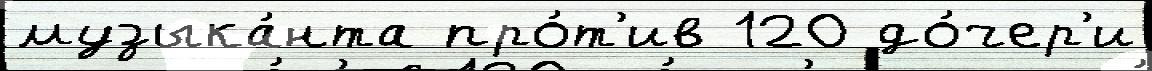
музыка́нта про́т'ив 120 до́чер'и